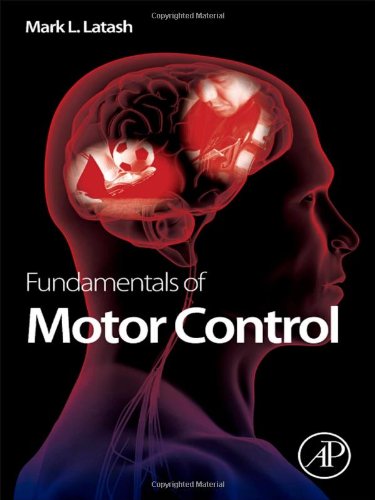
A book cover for Fundamentals of Motor Control; Mark L. Latash; Medical Books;